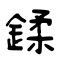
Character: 鍒